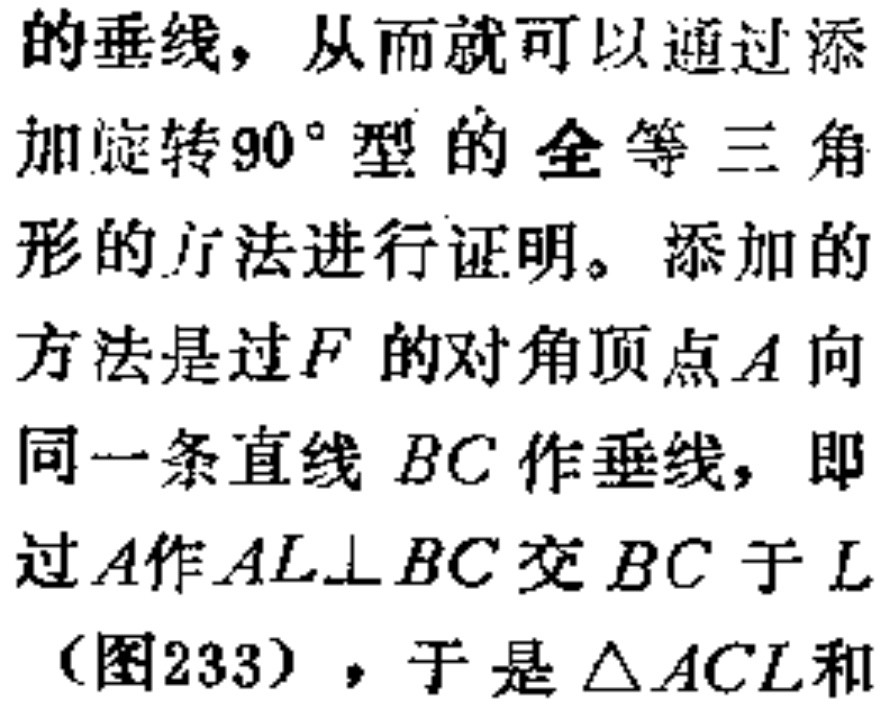
的垂线，从而就可以通过添
加旋转$90^{\circ}$型的 全等三角
形的方法进行证明。添加的
方法是过$F$的对角顶点$A$向
同一条直线$BC$作垂线，即
过$A$作$AL\perp BC$交$BC$于$L$
（图233），于是$\triangle ACL$和